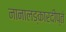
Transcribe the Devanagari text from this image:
नानालङ्कारदीप्तं